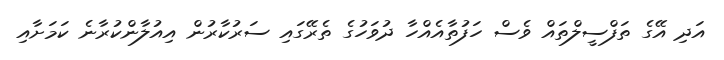
އަދި އޭގެ ތަފްސީލްތައް ވެސް ހަފުތާއެއްހާ ދުވަހުގެ ތެރޭގައި ސަރުކާރުން އިއުލާންކުރާނެ ކަމަށާއި